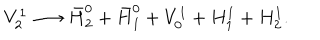
V _ { 2 } ^ { 1 } \longrightarrow \bar { H } _ { 2 } ^ { 0 } + \bar { H } _ { 1 } ^ { 0 } + V _ { 0 } ^ { 1 } + H _ { 1 } ^ { 1 } + H _ { 2 } ^ { 1 } .